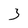
Character: 3